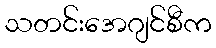
သတင်းအေဂျင်စီက